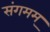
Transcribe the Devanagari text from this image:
संगमम्